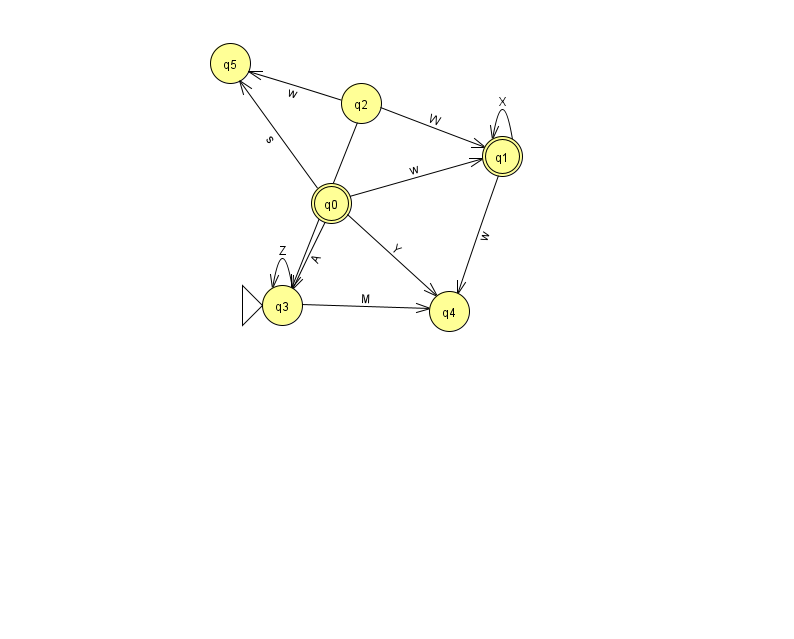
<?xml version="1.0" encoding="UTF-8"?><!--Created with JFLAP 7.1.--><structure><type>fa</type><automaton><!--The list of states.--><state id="0" name="q0"><x>331.0</x><y>190.0</y><final/></state><state id="1" name="q1"><x>502.0</x><y>143.0</y><final/></state><state id="2" name="q2"><x>361.0</x><y>90.0</y></state><state id="3" name="q3"><x>282.0</x><y>292.0</y><initial/></state><state id="4" name="q4"><x>449.0</x><y>298.0</y></state><state id="5" name="q5"><x>230.0</x><y>50.0</y></state><!--The list of transitions.--><transition><from>2</from><to>3</to><read>b</read></transition><transition><from>0</from><to>3</to><read>A</read></transition><transition><from>0</from><to>5</to><read>s</read></transition><transition><from>1</from><to>4</to><read>w</read></transition><transition><from>2</from><to>1</to><read>W</read></transition><transition><from>2</from><to>5</to><read>w</read></transition><transition><from>0</from><to>1</to><read>w</read></transition><transition><from>1</from><to>1</to><read>X</read></transition><transition><from>3</from><to>3</to><read>Z</read></transition><transition><from>0</from><to>4</to><read>Y</read></transition><transition><from>3</from><to>4</to><read>M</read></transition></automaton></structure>